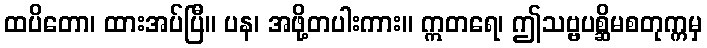
ထပိတော၊ ထားအပ်ပြီ။ ပန၊ အဖို့တပါးကား။ ဣတရေ၊ ဤသဗ္ဗပစ္ဆိမစတုက္ကမှ